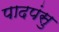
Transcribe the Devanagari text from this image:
पादपंसु